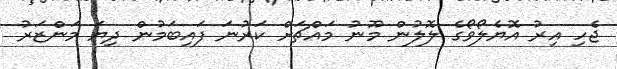
ޖެހި އިރު އޮޔެލޯވޯގެ ލޮލުން މޫނު މައްޗަށް ކަރުނަ ފައިބަމުން ދިޔަ މަންޒަރު